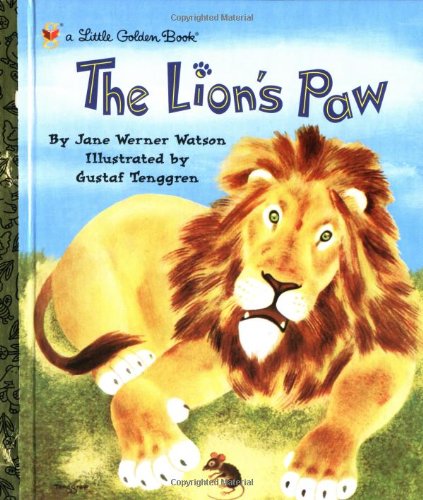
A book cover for The Lion's Paw (Little Golden Book); Jane Werner Watson; Children's Books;